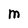
Character: M